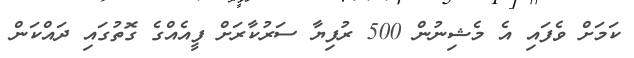
ކަމަށް ވެފައި އެ މެޝިނުން 500 ރުފިޔާ ސަރުކާރަށް ފީއެއްގެ ގޮތުގައި ދައްކަން